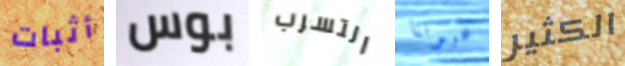
أثبات بوس التسرب عيوننا الكثير